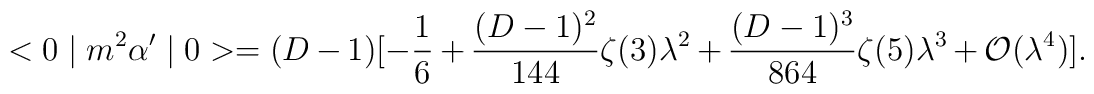
<0\mid m^2\alpha'\mid 0>=(D-1)[-\frac{1}{6}+\frac{(D-1)^2}{144}\zeta(3)\lambda^2+\frac{(D-1)^3}{864}\zeta(5)\lambda^3+{\cal O}(\lambda^4)].